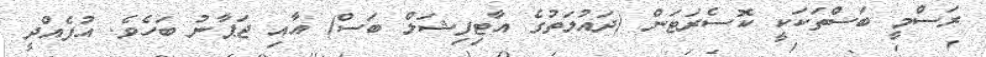
ރަސްމީ ބަސްތަކަކީ ކޮސެރަޓަން (ދައުލަތުގެ އާޓިފިޝަލް ބަސް) އާއި ޖަޕާނު ބަހެވެ. އުފެއްދީ